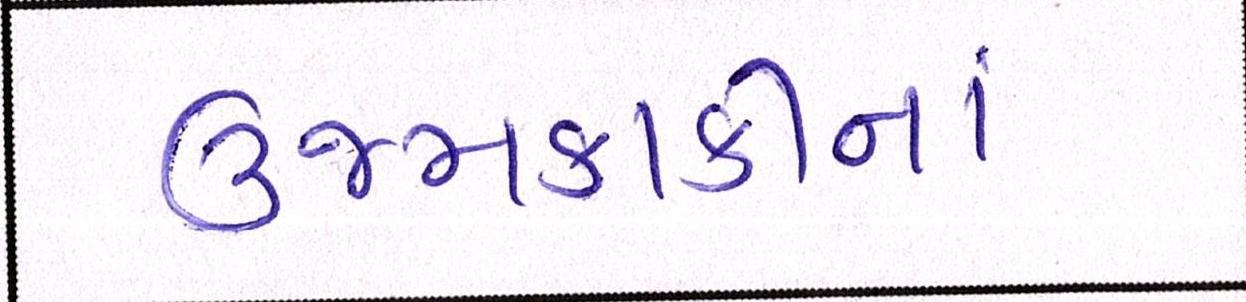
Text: ઉજમકાકીનાં